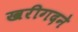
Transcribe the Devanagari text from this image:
खरीगदने